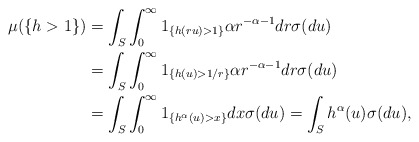
\begin{align*}\mu(\{h>1\}) &= \int_S \int_0^\infty 1_{\{ h(ru)>1\}} \alpha r^{-\alpha-1} dr \sigma(du)\\& = \int_S \int_0^\infty 1_{\{ h(u)> 1/r\}} \alpha r^{-\alpha-1} dr \sigma(du)\\& = \int_S \int_0^\infty 1_{\{ h^\alpha(u) > x \}} dx \sigma(du)=\int_S h^\alpha(u) \sigma(du),\end{align*}